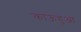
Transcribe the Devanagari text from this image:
काऊहुआ